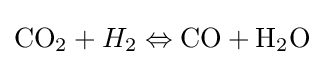
{\rm {CO}}_{\rm {2}}+H_{2}\Leftrightarrow {\rm {CO}}+{\rm {H}}_{\rm {2}}{\rm {O}}